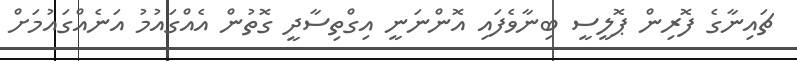
ޗައިނާގެ ފޮރިން ޕޮލީސީ ބިނާވެފައި އޮންނަނީ އިގްތިސާދީ ގޮތުން އެއްގައުމު އަނެއްގައުމަށް